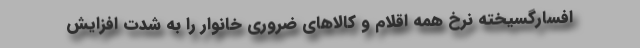
افسارگسیخته نرخ همه اقلام و کالاهای ضروری خانوار را به شدت افزایش